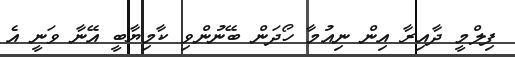
ފިލްމީ ދާއިރާ އިން ނިއުމާ ހޯދަން ބޭނުންވި ކާމިޔާބީ އޭނާ ވަނީ އެ